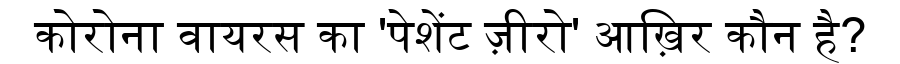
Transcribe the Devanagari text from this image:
कोरोना वायरस का 'पेशेंट ज़ीरो' आख़िर कौन है?